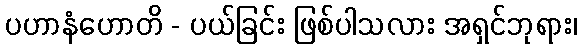
ပဟာနံဟောတိ - ပယ်ခြင်း ဖြစ်ပါသလား အရှင်ဘုရား၊